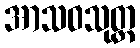
အာသဝသုတ္တ